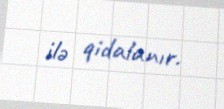
ilə qidalanır.